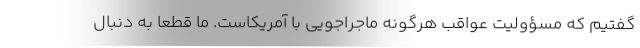
گفتیم که مسؤولیت عواقب هرگونه ماجراجویی با آمریکاست. ما قطعا به دنبال